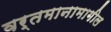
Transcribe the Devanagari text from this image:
वर्तमानामागील